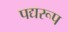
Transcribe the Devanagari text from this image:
पद्यरूप